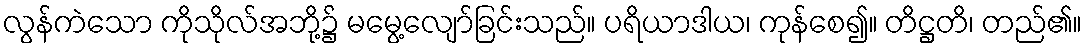
လွန်ကဲသော ကိုသိုလ်အဘို့၌ မမွေ့လျော်ခြင်းသည်။ ပရိယာဒါယ၊ ကုန်စေ၍။ တိဋ္ဌတိ၊ တည်၏။